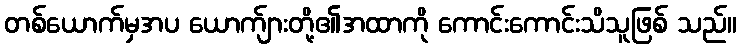
တစ်ယောက်မှအပ ယောက်ျားတို့၏အထာကို ကောင်းကောင်းသိသူဖြစ် သည်။